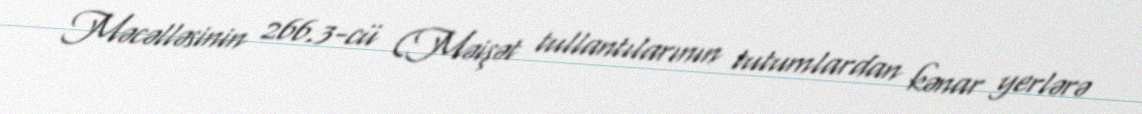
Məcəlləsinin 266.3-cü (Məişət tullantılarının tutumlardan kənar yerlərə